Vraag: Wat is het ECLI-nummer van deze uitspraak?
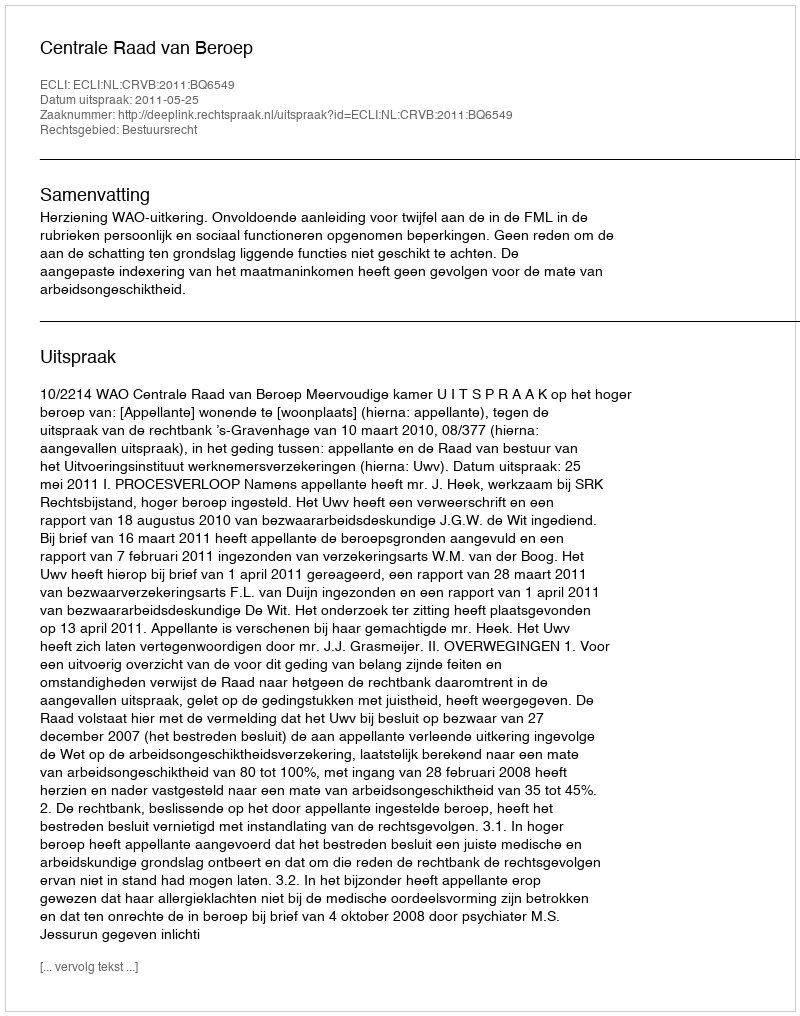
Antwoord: ECLI:NL:CRVB:2011:BQ6549